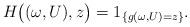
LaTeX: \begin{align*}H \big( (\omega, U), z \big) = 1_{\{g(\omega, U)=z\}}.\end{align*}